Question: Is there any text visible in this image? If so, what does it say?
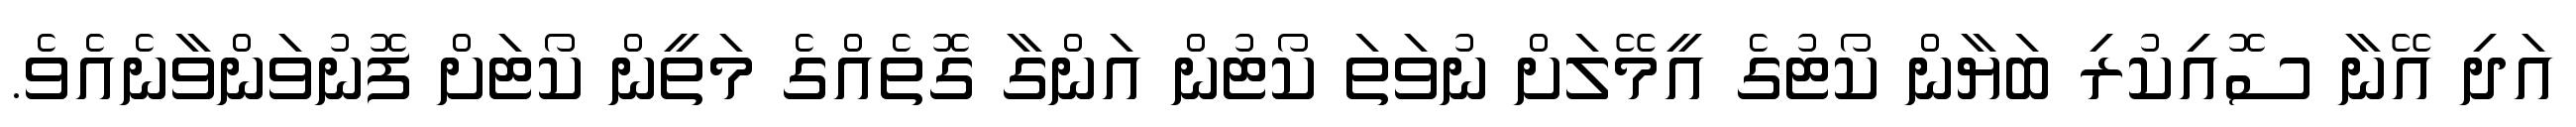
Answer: އަދި އޭނާ ސޮއިކުރި ބަޔާން ކޯޓުގެ އީމޭލަށް ނުވަތަ ކޯޓުން އަންގާ ގޮތެއްގެ މަތީން ކޯޓަށް ފޮނުވަންވާނެއެވެ.